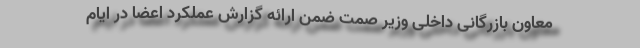
معاون بازرگانی داخلی وزیر صمت ضمن ارائه گزارش عملکرد اعضا در ایام